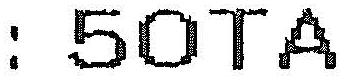
: 50TA